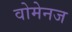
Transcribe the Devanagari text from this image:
वोमेनज